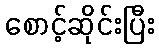
စောင့်ဆိုင်းပြီး